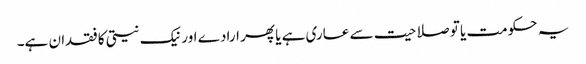
یہ حکومت یا تو صلاحیت سے عاری ہے یا پھر ارادے اور نیک نیتی کا فقدان ہے۔